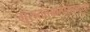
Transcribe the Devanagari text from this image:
गुरुतत्त्वात्पराङ्मुखाः